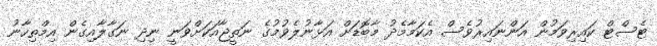
ޓެސްޓް ކައިރިވަމުން އަންނައިރުވެސް އެކަމާމެދު މާބޮޑަށް އަޅާނުލެވުމުގެ ނަތީޖާއަކަށްވަނީ ނިދި ނަގާލާއިގެން އިމްތިހާނު